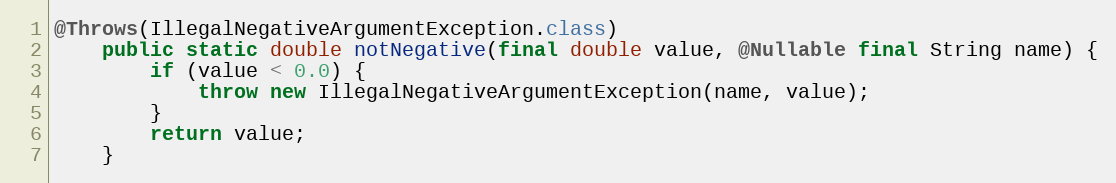
Language: Java
@Throws(IllegalNegativeArgumentException.class)
	public static double notNegative(final double value, @Nullable final String name) {
		if (value < 0.0) {
			throw new IllegalNegativeArgumentException(name, value);
		}
		return value;
	}